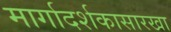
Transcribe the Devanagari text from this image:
मार्गादर्शकासारखा